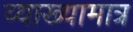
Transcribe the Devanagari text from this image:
व्याख्यामात्र